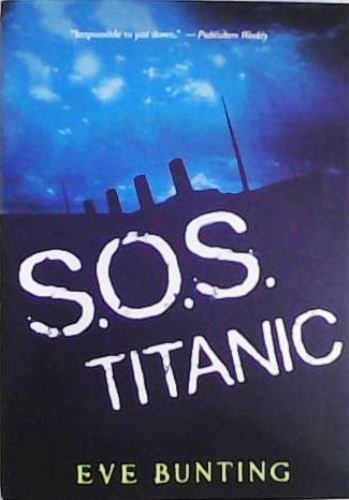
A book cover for SOS Titanic; Eve Bunting; Teen & Young Adult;